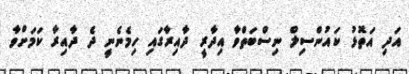
އަދި އަތޮޅު ކައުންސިލް ނިސްބަތްވާ އިދާރީ ދާއިރާގައި ހިމެނެނީ ދެ ދާއިރާ ކަމަށްވާ